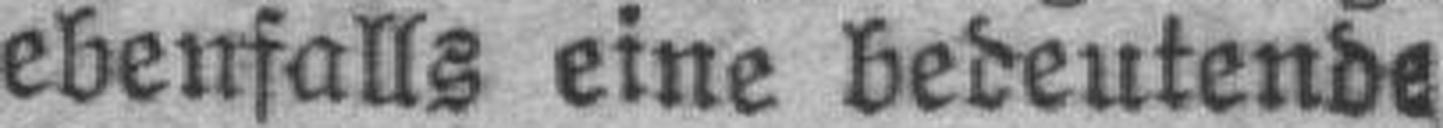
ebenfalls eine bedeutende